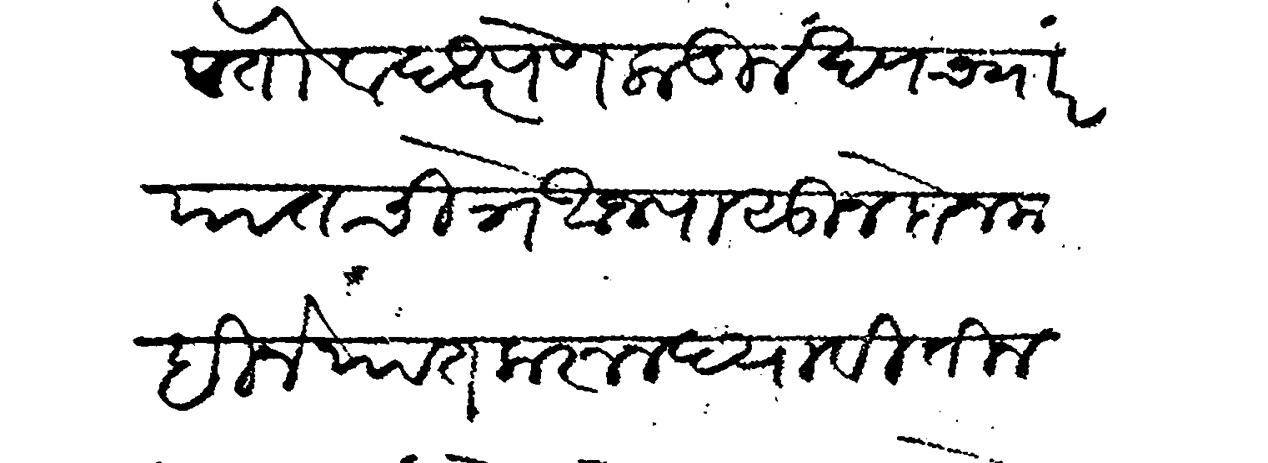
Transliteration (Devanagari): पावेतो व दक्षणेकडील खण च्यार यात चित्रे आजपासून दोन महिने यात करून घ्यावी तीन